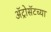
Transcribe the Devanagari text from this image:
ॲट्रोसॅटच्या